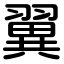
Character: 翼